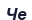
Че